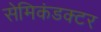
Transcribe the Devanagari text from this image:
सेमिकंडक्‍टर